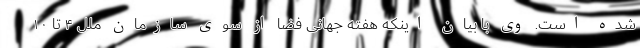
شده است. وی با بیان اینکه هفته جهانی فضا از سوی سازمان ملل ۴ تا ۱۰